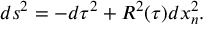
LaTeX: d s ^ { 2 } = - d \tau ^ { 2 } + R ^ { 2 } ( \tau ) d x _ { n } ^ { 2 } .